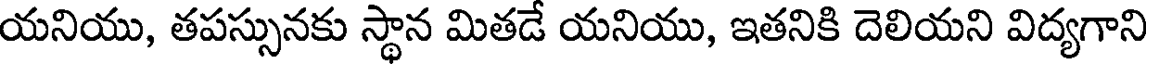
యనియు, తపస్సునకు స్థాన మితడే యనియు, ఇతనికి దెలియని విద్యగాని